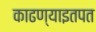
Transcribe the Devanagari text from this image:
काढण्याइतपत